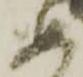
如